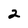
Character: 2